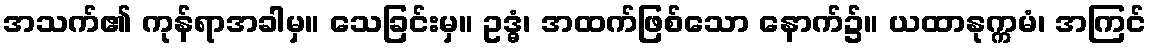
အသက်၏ ကုန်ရာအခါမှ။ သေခြင်းမှ။ ဥဒ္ဓံ၊ အထက်ဖြစ်သော နောက်၌။ ယထာနုက္ကမံ၊ အကြင်